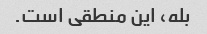
بله، این منطقی است.